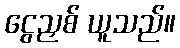
ငွေညှစ် ယူသည်။